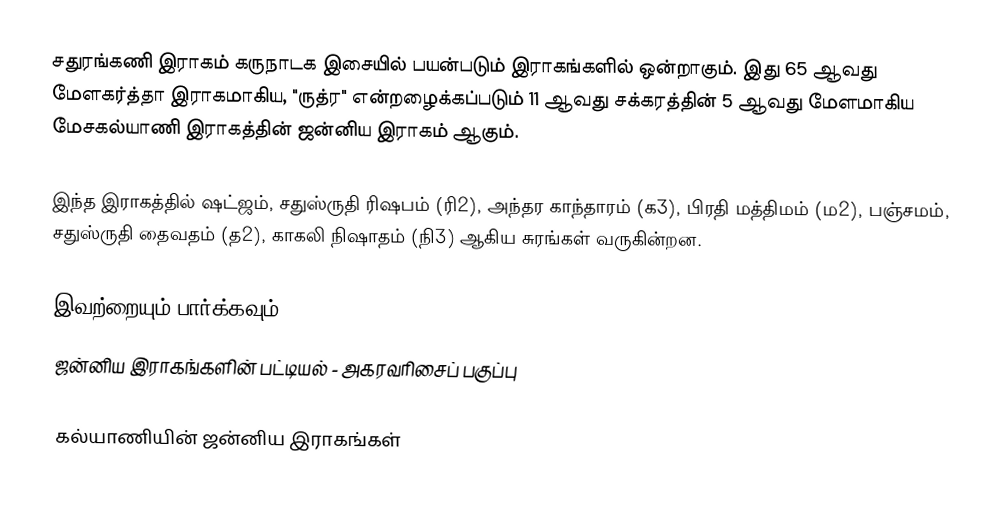
சதுரங்கணி இராகம் கருநாடக இசையில் பயன்படும் இராகங்களில் ஒன்றாகும். இது 65 ஆவது மேளகர்த்தா இராகமாகிய, "ருத்ர" என்றழைக்கப்படும் 11 ஆவது சக்கரத்தின் 5 ஆவது மேளமாகிய மேசகல்யாணி இராகத்தின் ஜன்னிய இராகம் ஆகும்.

இந்த இராகத்தில் ஷட்ஜம், சதுஸ்ருதி ரிஷபம் (ரி2),  அந்தர காந்தாரம் (க3), பிரதி மத்திமம் (ம2), பஞ்சமம்,  சதுஸ்ருதி தைவதம் (த2), காகலி நிஷாதம்  (நி3) ஆகிய சுரங்கள் வருகின்றன.

இவற்றையும் பார்க்கவும்
 ஜன்னிய இராகங்களின் பட்டியல் - அகரவரிசைப் பகுப்பு

கல்யாணியின் ஜன்னிய இராகங்கள்